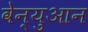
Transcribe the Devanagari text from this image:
वेन्युआन